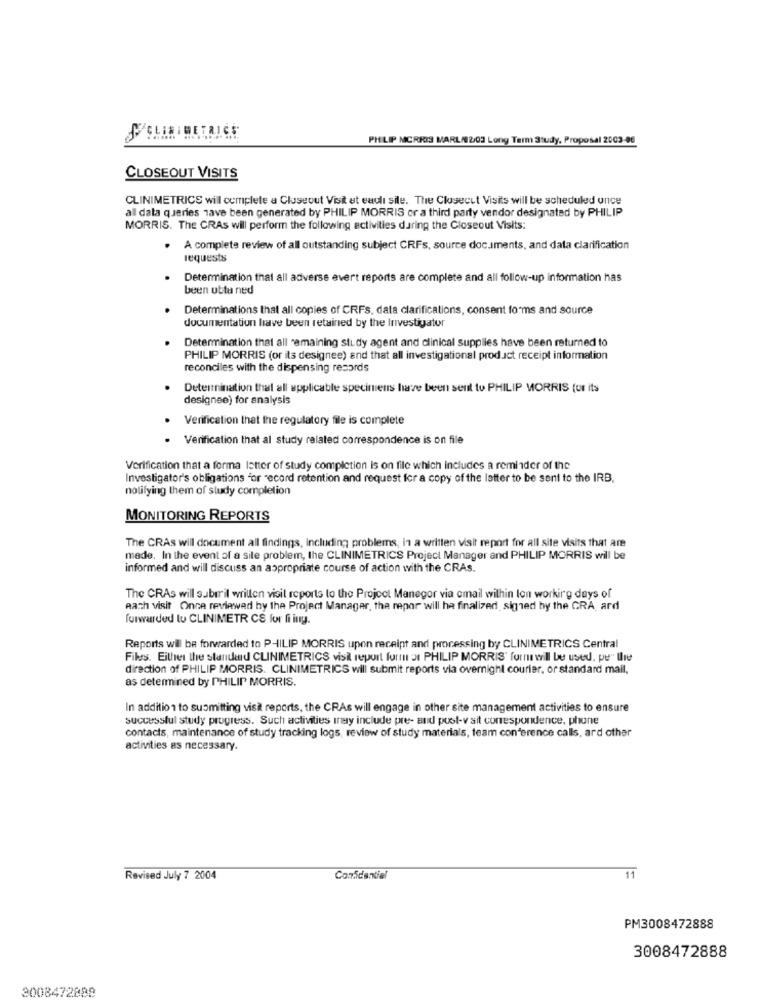
PHILIP MORRIS MARL/02/03 Long Term Study, Proposal 2003-06
CLOSEOUT VISITS
CLINIMETRICS will complete a Cluseout Visit et eauli sile. The Closecut Visits will be scheduled once
all data queries have been generated by PHILIP MORRIS or a third party vendor designated by PHILIP
MORRIS. The CRAs will perform the following activities during the Closeout Visits:
A complete review of all outstanding subject CRFs, source doc.iments, and data clarification
requests
Determination that all adverse evert reports are complete and all follow-up information has
been utta ned
Determinations that all copies of CRFs, data clarifications, consent forms and source
documentation have been retained by the Investigator
Determination that all remaining study agent and clinical supplies have been returned to
PHILIP MORRIS (or its designee) and that all investigational product receipt information
reconciles with the dispensing records
Determination that all applicable specimens have been sent to PHILIP MORRIS for its
designee) for analysis
Verification that the regulatory file is complete
· Verification that al study related correspondence is on file
Verification that a forma letter of study completion is on file which includes a reminder of the
Investigator's obligations "or record retention and request for a copy of the latter to be sent to the IRB.
notifying them of study completion
MONITORING REPORTS
The CRAs will document all findings, including problems, in a written visit report for all site visits that are
made. In the event of a sile problem, the CLINIMETRICS Project Manager and PHILIP MORRIS will be
informed and will discuss an appropriate course of action with the CRAs.
The CRAs will saberil written visit reports to the Project Maneger via email wilhin ton working days of
Aath visit Once reviewad hy the Project Manager, the repor will ha finalized, signed by the CRA, ard
forwarded to CLINIMETR CS for li iny.
Reports wil be forwarded to PHILIP MORRIS upon receipt and processing by CLINIMETRICS Central
Files. Either the standard CLINIMETRICS visi report form or PHILIP MORRIS' furnwill be used, pe" Ihre
direction of PHILIP MORRIS. CLINIMETRICS will submit reports via overnight courier, or standard mail.
as determined by PHILIP MORRIS.
In addition to submitting visat reports, the CRAs will engage in other site management activities to ensure
successful study progress. Such activities inay include pre- and pust-v sit conrespondence, phone
contacts, maintenance of study tracking logs, review of study materials, team conference calls, ard other
activities as necessary.
Revised July 7 2004
Confidentiel
11
PM3008472888
3008472888
3008472888